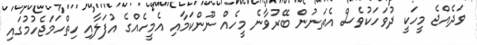
ވަދެއްޖެ މީހަކީ ދުވަހަކުވެސް އެތަނުން ބޭރުވާނެ މީހެއް ނޫންކަމާއި އެމީހެއްގެ އުފަލާއި ހިތްހަމަޖެހުމުގައި